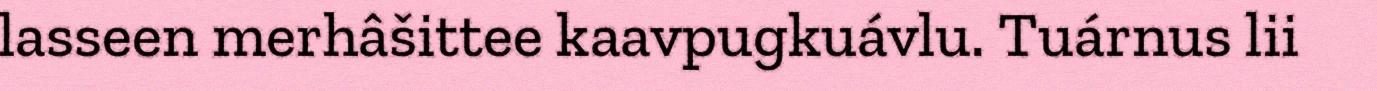
lasseen merhâšittee kaavpugkuávlu. Tuárnus lii